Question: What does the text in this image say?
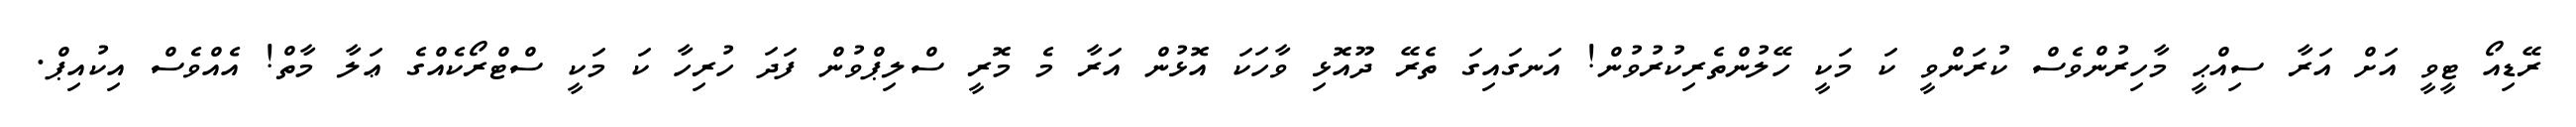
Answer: ރޭޑިއޯ ޓީވީ އަށް އަރާ ސިއްޙީ މާހިރުންވެސް ކުރަންވީ ކަ މަކީ ހޭލުންތެރިކުރުވުން! އަނގައިގަ ތެރޭ ދޫއޮޅި ވާހަކަ އޮޅުން އަރާ މެ މޮރީ ސްލިޕްވުން ފަދަ ހުރިހާ ކަ މަކީ ސްޓްރޯކެއްގެ ޢަލާ މާތް! އެއްވެސް އިކުއިޕް.